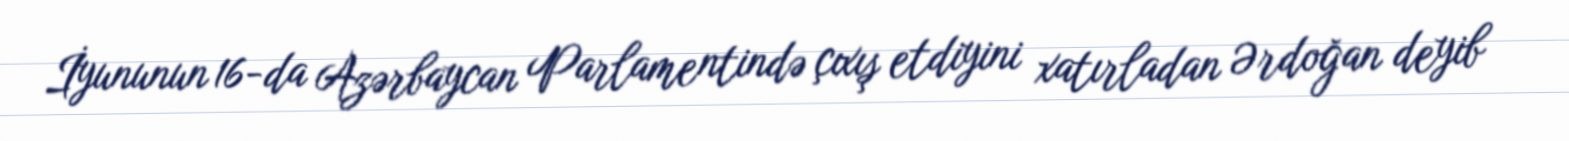
İyununun 16-da Azərbaycan Parlamentində çıxış etdiyini xatırladan Ərdoğan deyib